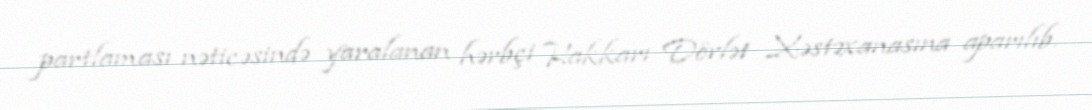
partlaması nəticəsində yaralanan hərbçi Hakkarı Dövlət Xəstəxanasına aparılıb.